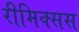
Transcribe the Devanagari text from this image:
रीमिक्सस